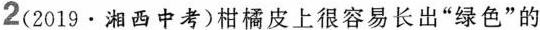
2(2019·湘西中考)柑橘皮上很容易长出”绿色”的